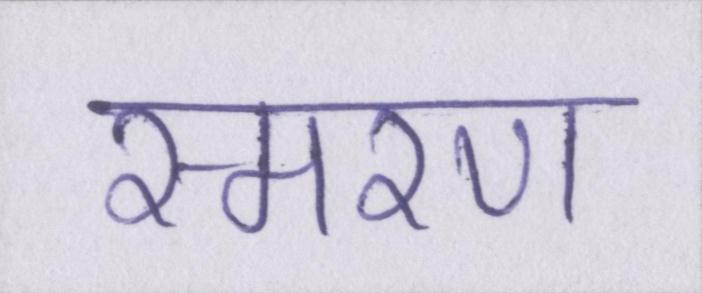
स्मरण